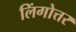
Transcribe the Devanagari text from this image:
लिंगोत्तर